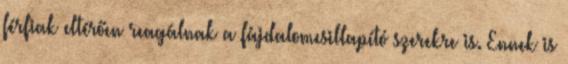
férfiak eltérően reagálnak a fájdalomcsillapító szerekre is. Ennek is